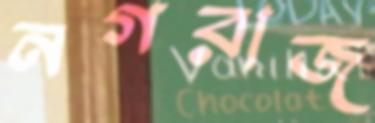
নগরাজ